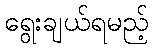
ရွေးချယ်ရမည့်